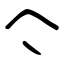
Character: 亽